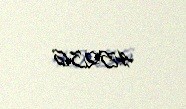
45236